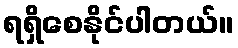
ရရှိစေနိုင်ပါတယ်။